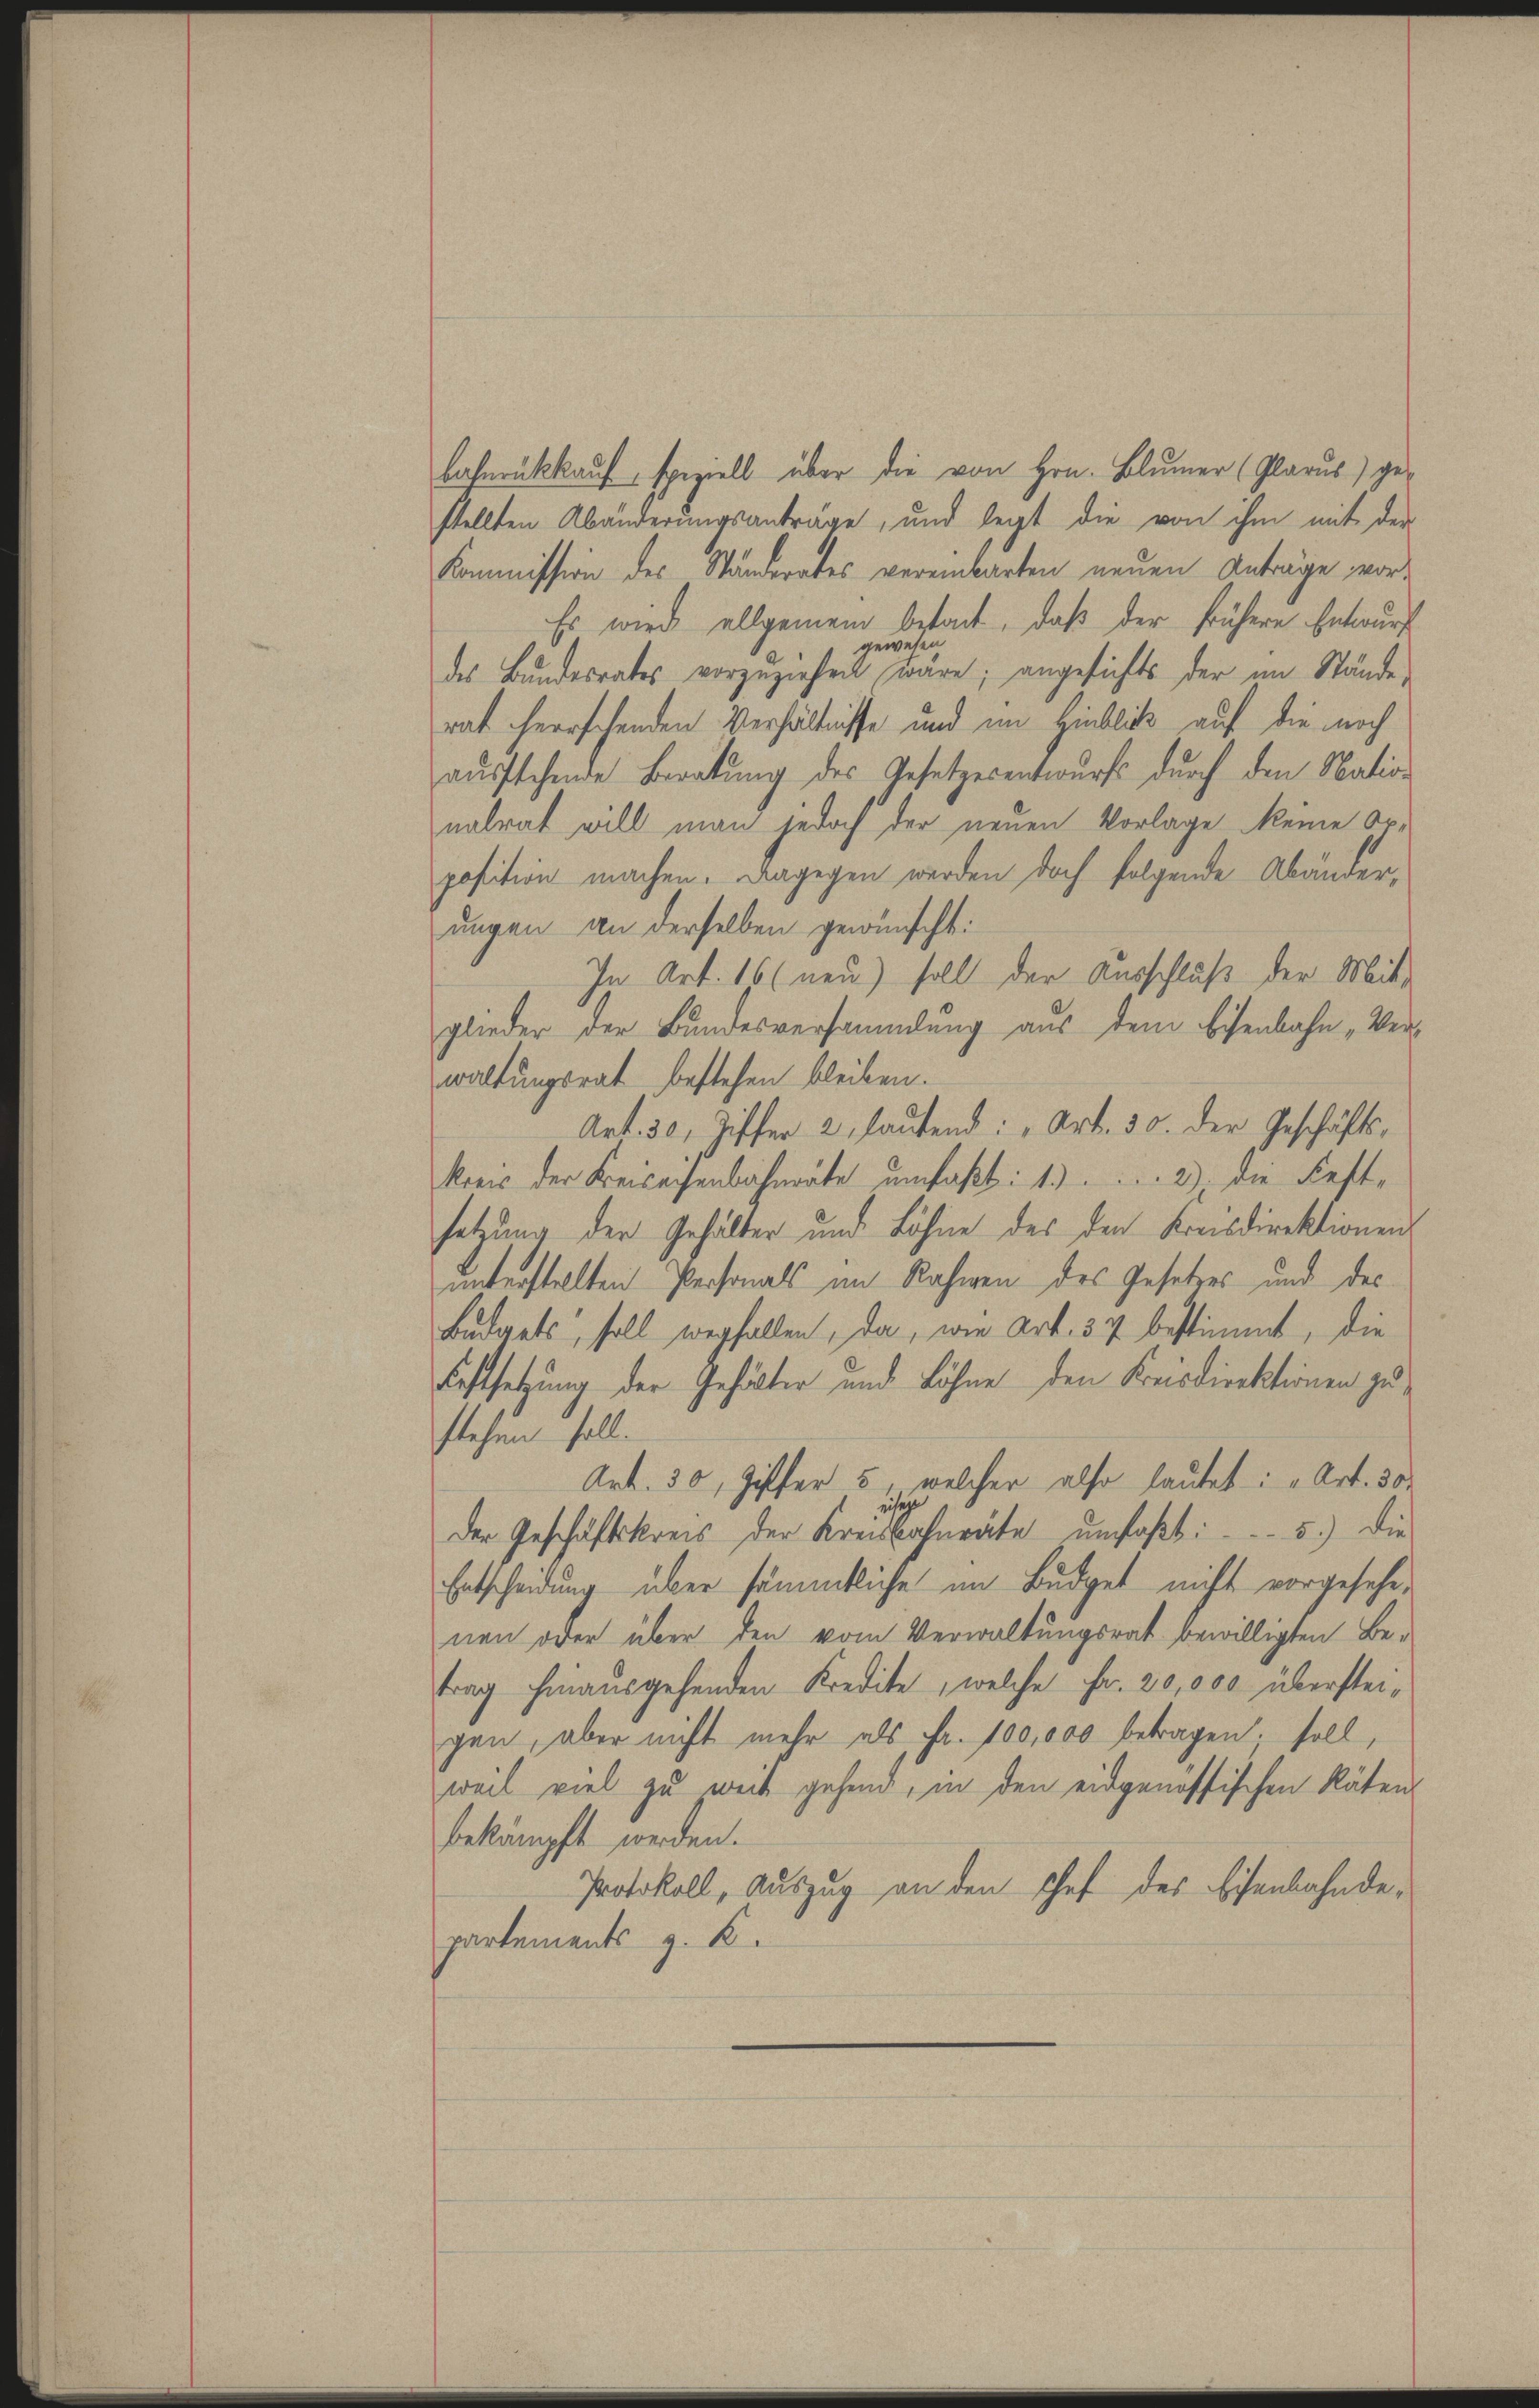
bahnrückkauf, speziell über die von Hrn. Blümer (Glarus) ge-
stellten Abänderungsanträge, und legt die von ihm mit der
Kommission des Ständerates vereinbarten neuen Anträge vor¬
Es wird allgemein betont, daß der frühere Entwurf
gewesen
des Bŭndesrates vorzŭziehen wäre; angesichts der im Stände,
rat herrschenden Verhältnisse und im Hinblick auf die noch
aŭsstehende Beratung des Gesetzesentwurfs durch den Nation
nalrat will man jedoch der neuen Vorlage keine Or-
position machen. Dagegen werden doch folgende Abänderungen an derselben gewünscht:
In Art. 16 (neu) soll der Ausschluß der Mit-
glieder der Bundesversammlung aus dem Eisenbahn „Verwaltungsrat bestehen bleiben.
Art. 30, Ziffer 2 lautend: „Art. 30. der Geschäftskreis der Kreiseisenbahnräte umfaßt: 1. 2) die Festsetzung der Gehälter und Löhne des den Kreisdirektionens
unterstellten Personals im Rahmen des Gesetzes und des
Budgets, soll wegfallen, da, wie Art. 37 bestimmt, die
Festsetzung der Gehölter und Löhne den Kreisdirektionen zustehen soll.
Art. 30, Ziffer 5, welcher also lautet: „Art. 30.
der Geschäftskreis der Kreisbahnräte umfaßt: 5.) Die
Entscheidung über sämmtliche im Budget nicht vorgesehe-
nen oder über den vom Verwaltungsrat bewilligten Be-
trag hinausgehenden Kredite, welche Fr. 20,000 übersteigen, aber nicht mehr als Fr. 100,000 betragen, soll,
weil viel zu weit gehend, in den eidgenössischen Räten
bekämpft werden.
Protokoll, Auszug an den schef des Eisenbahnde-
partements z. B.